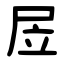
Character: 㞐